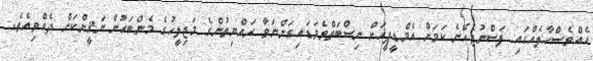
އެއްވެސްހާލެއްގައި ފަސްނުޖެހޭނެ ކަމަށް އެމްޑީޕީއަށް ނިސްބަތްވެވަޑައިގަންނަވާ ރައްޔިތުންގެ މަޖިލީހުގެ މެންބަރުން ޔަޤީންކަން ދެއްވިއެވެ.